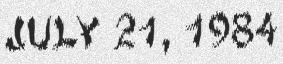
july 21, 1984